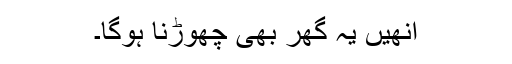
انھیں یہ گھر بھی چھوڑنا ہوگا۔